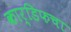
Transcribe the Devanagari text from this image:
कार्डिफचा